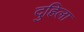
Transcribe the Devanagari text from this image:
दुहिला